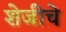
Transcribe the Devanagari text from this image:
शेजीचे